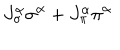
J _ { \sigma } ^ { \alpha } \sigma ^ { \alpha } + J _ { \pi } ^ { \alpha } \pi ^ { \alpha }